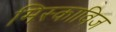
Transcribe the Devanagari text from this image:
मिस्काविज